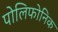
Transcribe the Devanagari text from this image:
पोलिफोनिक